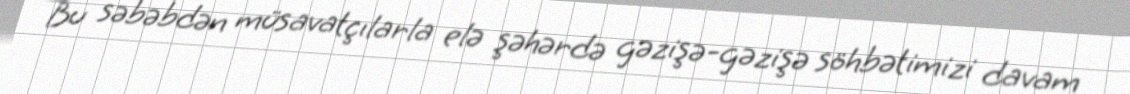
Bu səbəbdən müsavatçılarla elə şəhərdə gəzişə-gəzişə söhbətimizi davam